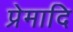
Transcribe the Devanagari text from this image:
प्रेमादि